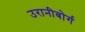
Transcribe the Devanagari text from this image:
उरानीबोर्ग